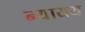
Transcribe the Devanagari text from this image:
न्यायय